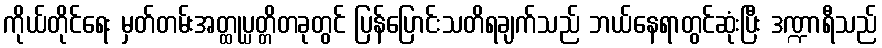
ကိုယ်တိုင်ရေး မှတ်တမ်းအတ္ထုပ္ပတ္တိတခုတွင် ပြန်ပြောင်းသတိရချက်သည် ဘယ်နေရာတွင်ဆုံးပြီး ဒဏ္ဍာရီသည်